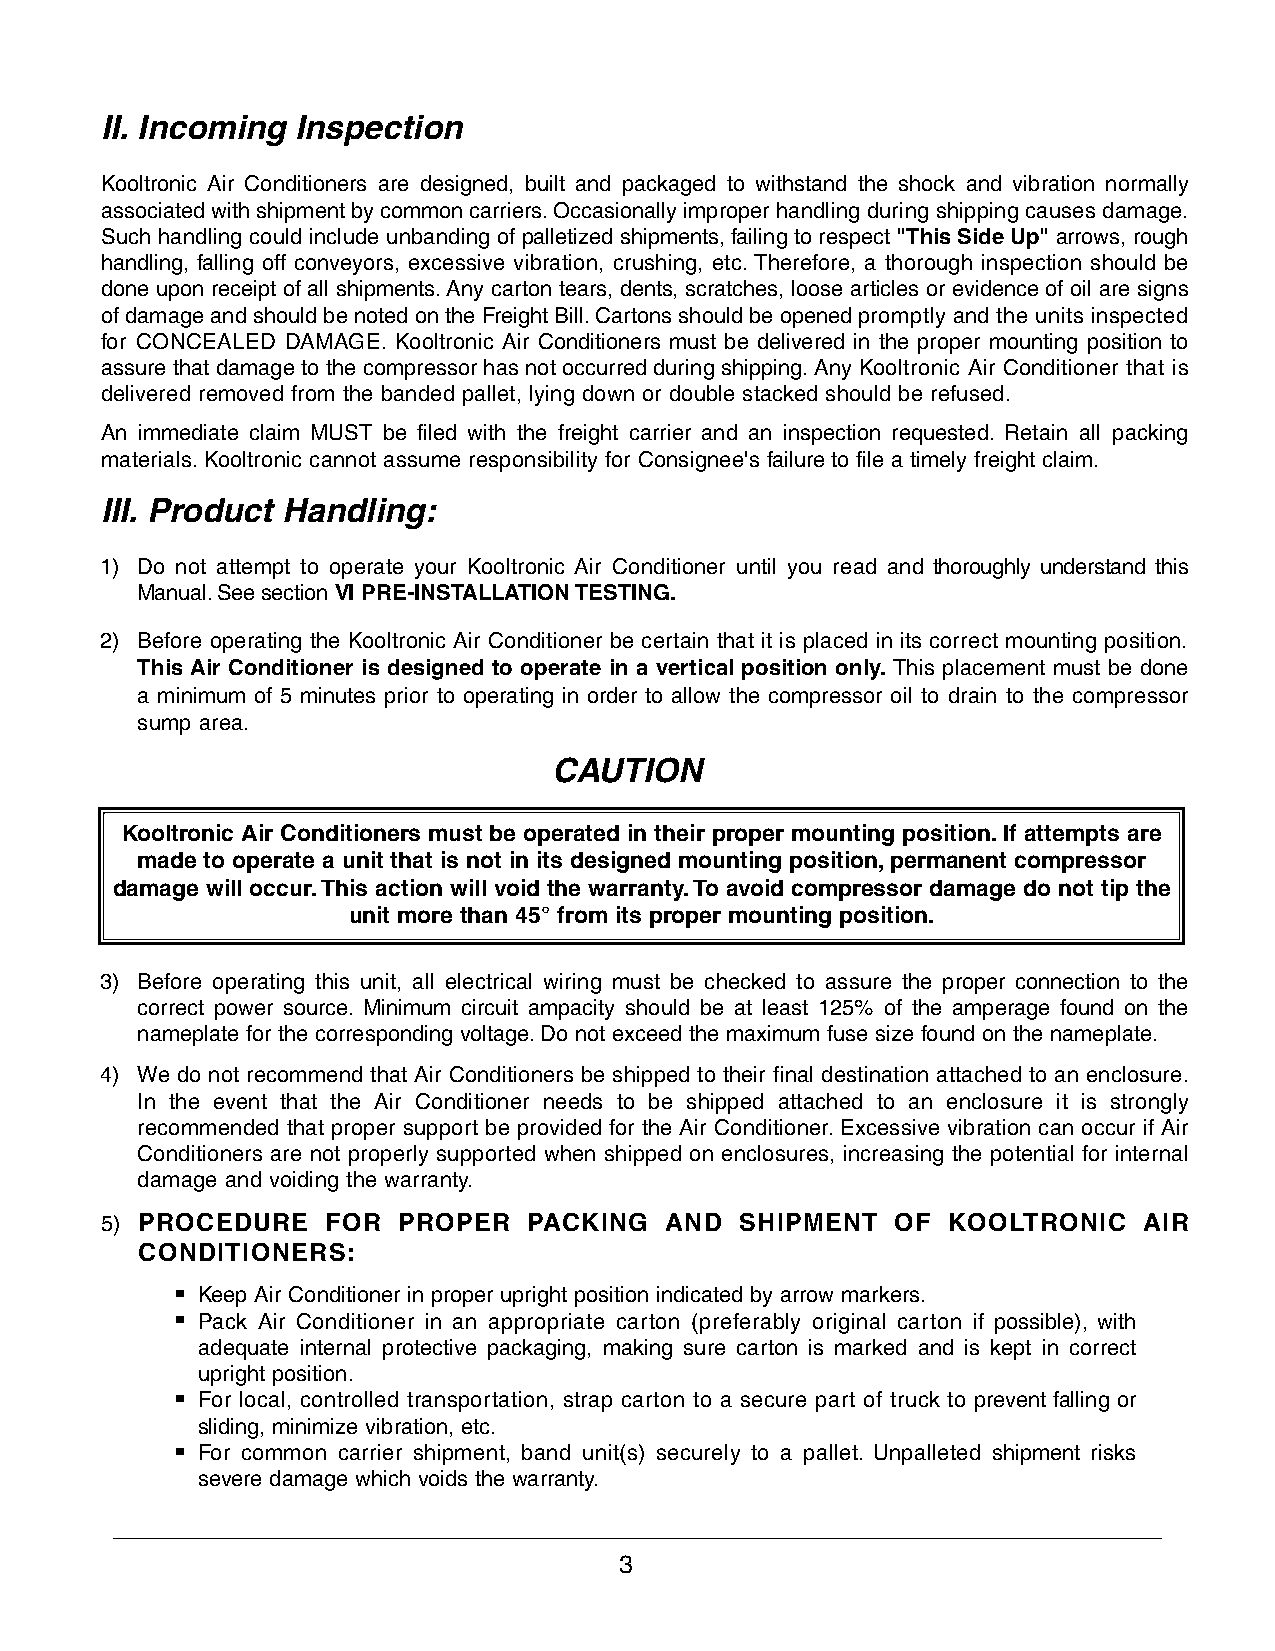
II. Incoming Inspection
 Kooltronic Air Conditioners are designed, built and packaged to withstand the shock and vibration normally
 associated with shipment by common carriers. Occasionally improper handling during shipping causes damage.
 Such handling could include unbanding of palletized shipments, failing to respect "This Side Up"arrows, rough
 handling, falling off conveyors, excessive vibration, crushing, etc. Therefore, a thorough inspection should be
 done upon receipt of all shipments. Any carton tears, dents, scratches, loose articles or evidence of oil are signs
 of damage and should be noted on the Freight Bill. Cartons should be opened promptly and the units inspected
 for CONCEALED DAMAGE. Kooltronic Air Conditioners must be delivered in the proper mounting position to
 assure that damage to the compressor has not occurred during shipping. Any Kooltronic Air Conditioner that is
 delivered removed from the banded pallet, lying down or double stacked should be refused.
 An immediate claim MUST be filed with the freight carrier and an inspection requested. Retain all packing
 materials. Kooltronic cannot assume responsibility for Consignee's failure to file a timely freight claim.
 III. Product Handling:
 1) Do not attempt to operate your Kooltronic Air Conditioner until you read and thoroughly understand this
 Manual. See sectionVI PRE-INSTALLATION TESTING.
 2) Before operating the Kooltronic Air Conditioner be certain that it is placed in its correct mounting position.
 This Air Conditioner is designed to operate in a vertical position only. This placement must be done
 a minimum of 5 minutes prior to operating in order to allow the compressor oil to drain to the compressor
 sump area.
 CAUTION
 Kooltronic Air Conditioners must be operated in their proper mounting position. If attempts are
 made to operate a unit that is not in its designed mounting position, permanent compressor
 damage will occur. This action will void the warranty. To avoid compressor damage do not tip the
 unit more than 45° from its proper mounting position.
 3) Before operating this unit, all electrical wiring must be checked to assure the proper connection to the
 correct power source. Minimum circuit ampacity should be at least 125% of the amperage found on the
 nameplate for the corresponding voltage. Do not exceed the maximum fuse size found on the nameplate.
 4) We do not recommend that Air Conditioners be shipped to their final destination attached to an enclosure.
 In the event that the Air Conditioner needs to be shipped attached to an enclosure it is strongly
 recommended that proper support be provided for the Air Conditioner. Excessive vibration can occur if Air
 Conditioners are not properly supported when shipped on enclosures, increasing the potential for internal
 damage and voiding the warranty.
 5) PROCEDURE   FOR PROPER   PACKING  AND  SHIPMENT  OF  KOOLTRONIC   AIR
 CONDITIONERS:
 ■ Keep Air Conditioner in proper upright position indicated by arrow markers.
 ■ Pack Air Conditioner in an appropriate carton (preferably original carton if possible), with
 adequate internal protective packaging, making sure carton is marked and is kept in correct
 upright position.
 ■ For local, controlled transportation, strap carton to a secure part of truck to prevent falling or
 sliding, minimize vibration, etc.
 ■ For common carrier shipment, band unit(s) securely to a pallet. Unpalleted shipment risks
 severe damage which voids the warranty.
 3